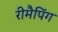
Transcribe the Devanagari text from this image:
रीमैपिंग